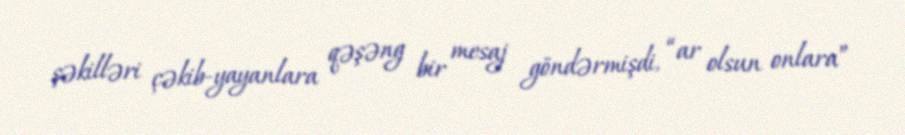
şəkilləri çəkib-yayanlara qəşəng bir mesaj göndərmişdi, “ar olsun onlara”